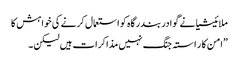
ملائیشیا نے گوادر بندرگاہ کو استعمال کرنے کی خواہش کا
”امن کا ر استہ جنگ نہیں مذاکرات ہیں لیکن ۔